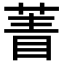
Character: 𦴀